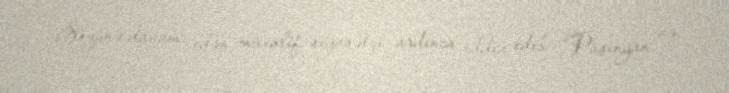
Sözünə davam edən müxalif siyasətçi ardınca iddia edib: “Paşinyan və